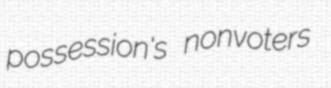
possession's nonvoters